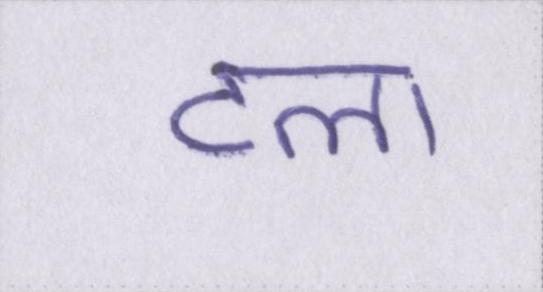
टला